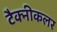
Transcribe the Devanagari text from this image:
टैक्नीकलर